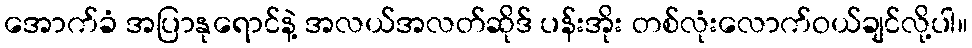
အောက်ခံ အပြာနုရောင်နဲ့ အလယ်အလတ်ဆိုဒ် ပန်းအိုး တစ်လုံးလောက်ဝယ်ချင်လို့ပါ။